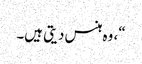
“، وہ ہنس دیتی ہیں۔